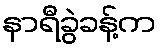
နာရီခွဲခန့်က